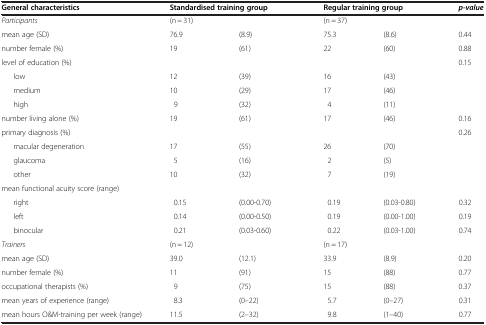
<table><thead><tr><td><b>General characteristics</b></td><td colspan="2"><b>Standardised training group</b></td><td colspan="2"><b>Regular training group</b></td><td><b><i>p-value</i></b></td></tr></thead><tbody><tr><td><i>Participants</i></td><td colspan="2">(n = 31)</td><td colspan="2">(n = 37)</td><td> </td></tr><tr><td>mean age (SD)</td><td>76.9</td><td>(8.9)</td><td>75.3</td><td>(8.6)</td><td>0.44</td></tr><tr><td>number female (%)</td><td>19</td><td>(61)</td><td>22</td><td>(60)</td><td>0.88</td></tr><tr><td>level of education (%)</td><td> </td><td> </td><td> </td><td> </td><td>0.15</td></tr><tr><td>low</td><td>12</td><td>(39)</td><td>16</td><td>(43)</td><td> </td></tr><tr><td>medium</td><td>10</td><td>(29)</td><td>17</td><td>(46)</td><td> </td></tr><tr><td>high</td><td>9</td><td>(32)</td><td>4</td><td>(11)</td><td> </td></tr><tr><td>number living alone (%)</td><td>19</td><td>(61)</td><td>17</td><td>(46)</td><td>0.16</td></tr><tr><td>primary diagnosis (%)</td><td> </td><td> </td><td> </td><td> </td><td>0.26</td></tr><tr><td>macular degeneration</td><td>17</td><td>(55)</td><td>26</td><td>(70)</td><td> </td></tr><tr><td>glaucoma</td><td>5</td><td>(16)</td><td>2</td><td>(5)</td><td> </td></tr><tr><td>other</td><td>10</td><td>(32)</td><td>7</td><td>(19)</td><td> </td></tr><tr><td>mean functional acuity score (range)</td><td> </td><td> </td><td> </td><td> </td><td> </td></tr><tr><td>right</td><td>0.15</td><td>(0.00-0.70)</td><td>0.19</td><td>(0.03-0.80)</td><td>0.32</td></tr><tr><td>left</td><td>0.14</td><td>(0.00-0.50)</td><td>0.19</td><td>(0.00-1.00)</td><td>0.19</td></tr><tr><td>binocular</td><td>0.21</td><td>(0.03-0.60)</td><td>0.22</td><td>(0.03-1.00)</td><td>0.74</td></tr><tr><td><i>Trainers</i></td><td colspan="2">(n = 12)</td><td colspan="2">(n = 17)</td><td> </td></tr><tr><td>mean age (SD)</td><td>39.0</td><td>(12.1)</td><td>33.9</td><td>(8.9)</td><td>0.20</td></tr><tr><td>number female (%)</td><td>11</td><td>(91)</td><td>15</td><td>(88)</td><td>0.77</td></tr><tr><td>occupational therapists (%)</td><td>9</td><td>(75)</td><td>15</td><td>(88)</td><td>0.37</td></tr><tr><td>mean years of experience (range)</td><td>8.3</td><td>(0–22)</td><td>5.7</td><td>(0–27)</td><td>0.31</td></tr><tr><td>mean hours O&amp;M-training per week (range)</td><td>11.5</td><td>(2–32)</td><td>9.8</td><td>(1–40)</td><td>0.77</td></tr></tbody></table>